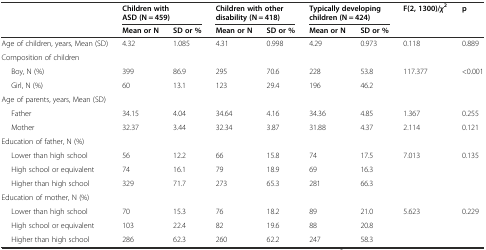
| <ROWSPAN=2>  | <COLSPAN=2> Children with ASD (N = 459) | <COLSPAN=2> Children with other disability (N = 418) | <COLSPAN=2> Typically developing children (N = 424) | <ROWSPAN=2> F(2, 1300)/χ2 | <ROWSPAN=2> p |
 | Mean or N | SD or % | Mean or N | SD or % | Mean or N | SD or % |
 | --- | --- | --- | --- | --- | --- | --- | --- | --- |
 | Age of children, years, Mean (SD) | 4.32 | 1.085 | 4.31 | 0.998 | 4.29 | 0.973 | 0.118 | 0.889 |
 | Composition of children |  |  |  |  |  |  |  |  |
 | Boy, N (%) | 399 | 86.9 | 295 | 70.6 | 228 | 53.8 | 117.377 | <0.001 |
 | Girl, N (%) | 60 | 13.1 | 123 | 29.4 | 196 | 46.2 |  |  |
 | Age of parents, years, Mean (SD) |  |  |  |  |  |  |  |  |
 | Father | 34.15 | 4.04 | 34.64 | 4.16 | 34.36 | 4.85 | 1.367 | 0.255 |
 | Mother | 32.37 | 3.44 | 32.34 | 3.87 | 31.88 | 4.37 | 2.114 | 0.121 |
 | Education of father, N (%) |  |  |  |  |  |  |  |  |
 | Lower than high school | 56 | 12.2 | 66 | 15.8 | 74 | 17.5 | 7.013 | 0.135 |
 | High school or equivalent | 74 | 16.1 | 79 | 18.9 | 69 | 16.3 |  |  |
 | Higher than high school | 329 | 71.7 | 273 | 65.3 | 281 | 66.3 |  |  |
 | Education of mother, N (%) |  |  |  |  |  |  |  |  |
 | Lower than high school | 70 | 15.3 | 76 | 18.2 | 89 | 21.0 | 5.623 | 0.229 |
 | High school or equivalent | 103 | 22.4 | 82 | 19.6 | 88 | 20.8 |  |  |
 | Higher than high school | 286 | 62.3 | 260 | 62.2 | 247 | 58.3 |  |  |